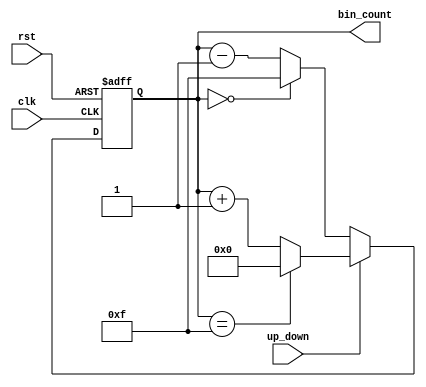
// This program was cloned from: https://github.com/hodefiDavid/up_down_counter
// License: MIT License

// Verilog code for a 4-bit up/down counter

module counter_up_down_4 (
    up_down,  //count control
    clk,  //clock
    rst,  //reset
    bin_count  //output
);
  input up_down;
  input clk;
  input rst;
  output reg [3:0] bin_count;

  always @(posedge clk or posedge rst) begin
    if (rst) begin
      bin_count <= 4'b0000;
    end else if (up_down) begin
      if (bin_count == 4'b1111) begin
        bin_count <= 4'b0000;
      end else begin
        bin_count <= bin_count + 1;
      end
    end else begin
      if (bin_count == 4'b0000) begin
        bin_count <= 4'b1111;
      end else begin
        bin_count <= bin_count - 1;
      end
    end
  end
endmodule